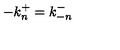
- k _ { n } ^ { + } = k _ { - n } ^ { - }